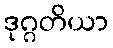
ဒုဂ္ဂတိယာ